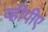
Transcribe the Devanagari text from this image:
व्हीपीए